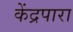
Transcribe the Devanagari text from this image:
केंद्रपारा